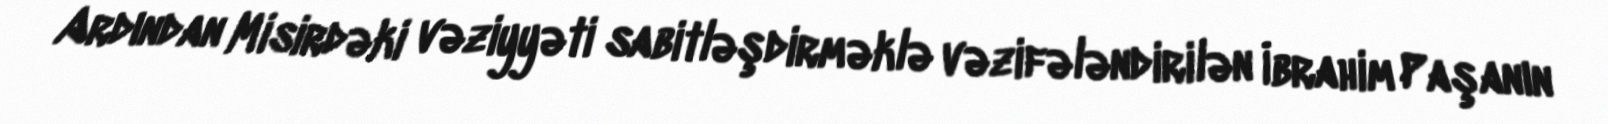
Ardından Misirdəki vəziyyəti sabitləşdirməklə vəzifələndirilən İbrahim Paşanın